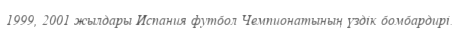
1999, 2001 жылдары Испания футбол Чемпионатының үздік бомбардирі.